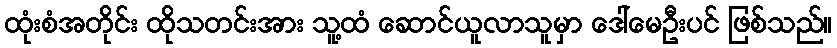
ထုံးစံအတိုင်း ထိုသတင်းအား သူ့ထံ ဆောင်ယူလာသူမှာ ဒေါ်မေဦးပင် ဖြစ်သည်။